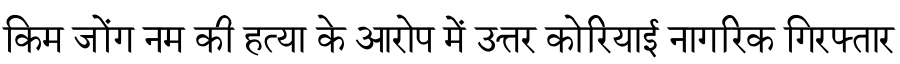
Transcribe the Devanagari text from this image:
किम जोंग नम की हत्या के आरोप में उत्तर कोरियाई नागरिक गिरफ्तार